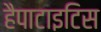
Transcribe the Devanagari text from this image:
हैपाटाइटिस